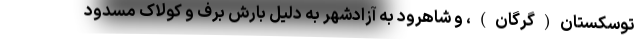
توسکستان(گرگان)، و شاهرود به آزادشهر به دلیل بارش برف و کولاک مسدود